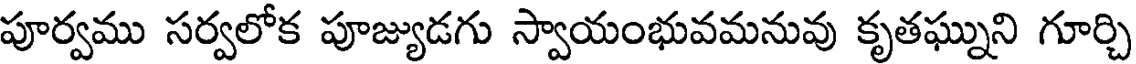
పూర్వము సర్వలోక పూజ్యుడగు స్వాయంభువమనువు కృతఘ్నుని గూర్చి